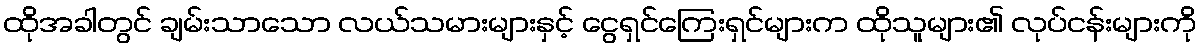
ထိုအခါတွင် ချမ်းသာသော လယ်သမားများနှင့် ငွေရှင်ကြေးရှင်များက ထိုသူများ၏ လုပ်ငန်းများကို